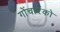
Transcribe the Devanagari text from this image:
गोंचारेंको